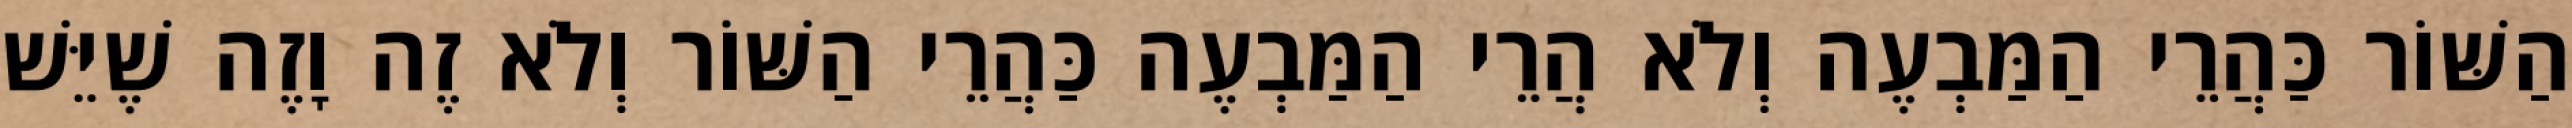
הַשּׁוֹר כַּהֲרֵי הַמַּבְעֶה וְלֹא הֲרֵי הַמַּבְעֶה כַּהֲרֵי הַשּׁוֹר וְלֹא זֶה וָזֶה שֶׁיֵּשׁ